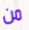
من